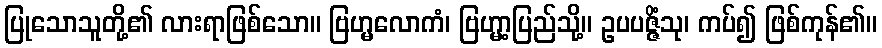
ပြုသောသူတို့၏ လားရာဖြစ်သော။ ဗြဟ္မလောကံ၊ ဗြဟ္မာ့ပြည်သို့။ ဥပပဇ္ဇိံသု၊ ကပ်၍ ဖြစ်ကုန်၏။